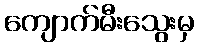
ကျောက်မီးသွေးမှ